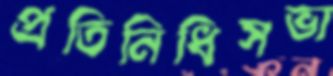
প্রতিনিধিসভা